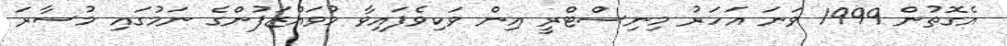
އެގޮތުން 1999 ވަނަ އަހަރު މިނިސްޓްރީ އިން ވަކިވެފައިވާ މުވައްޒަފުންގެ ނަމުގައި މުސާރަ